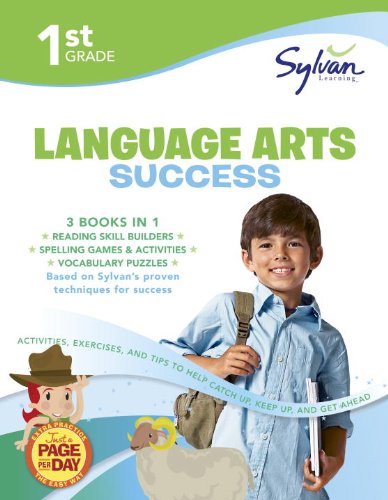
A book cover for First Grade Language Arts Success (Sylvan Super Workbooks) (Language Arts Super Workbooks); Sylvan Learning; Reference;